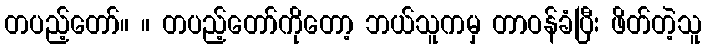
တပည့်တော်။ ။ တပည့်တော်ကိုတော့ ဘယ်သူကမှ တာဝန်ခံပြီး ဖိတ်တဲ့သူ